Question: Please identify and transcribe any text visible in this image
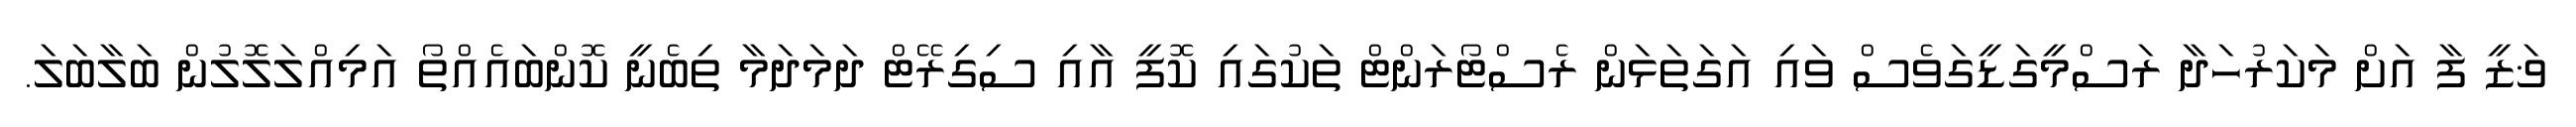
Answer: ޥަޒީ ފާ އަށް މަކަރުހަދާ ރަސްމީގަޑީގަވެސް ވައި އަގަތަޅަން ރެސްޓޯރަންޓް ތަކުގައި ކޮފީ އާއި ސިގިރޭޓް ދަމަދަމާ ތިބެނީ ކޮންބައެއްތޯ އަމިއްލަލޮލުން ބަލާބަލަ.